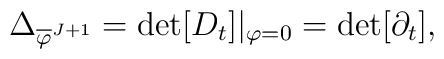
\Delta_{\overline{\varphi}^{J+1}}=\det[D_t]|_{\varphi=0}=\det[\partial_t],